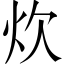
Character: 炊